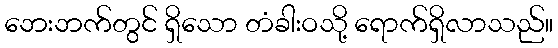
ဘေးဘက်တွင် ရှိသော တံခါးဝသို့ ရောက်ရှိလာသည်။